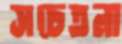
সচেতনা